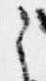
之